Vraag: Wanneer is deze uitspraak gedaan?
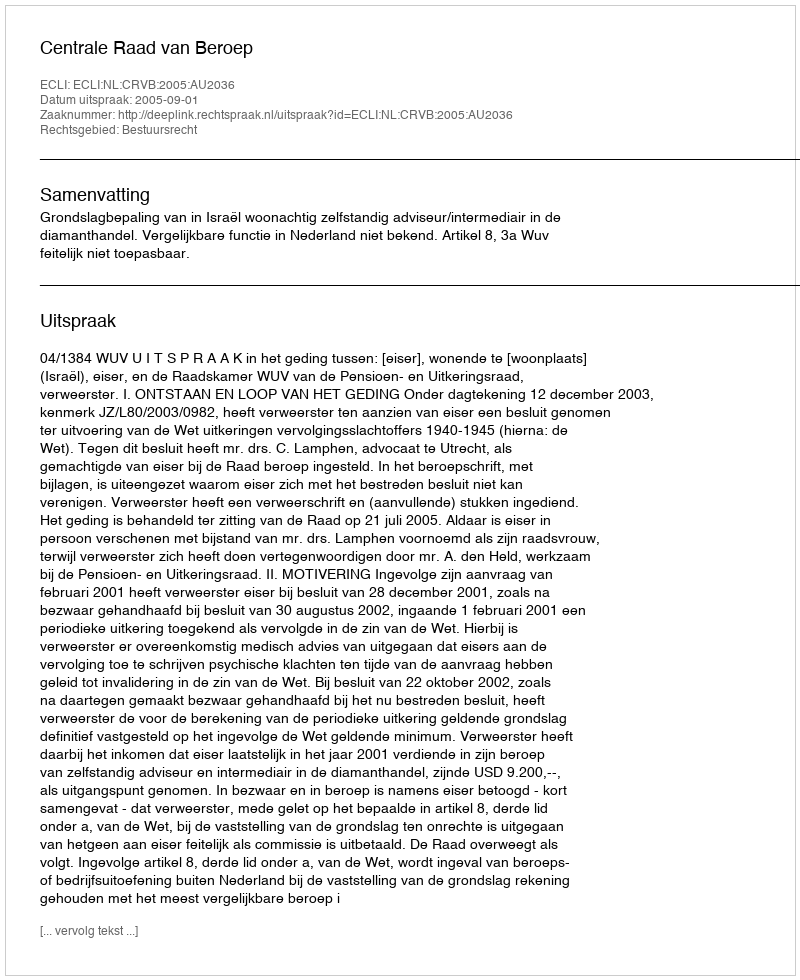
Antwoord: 2005-09-01